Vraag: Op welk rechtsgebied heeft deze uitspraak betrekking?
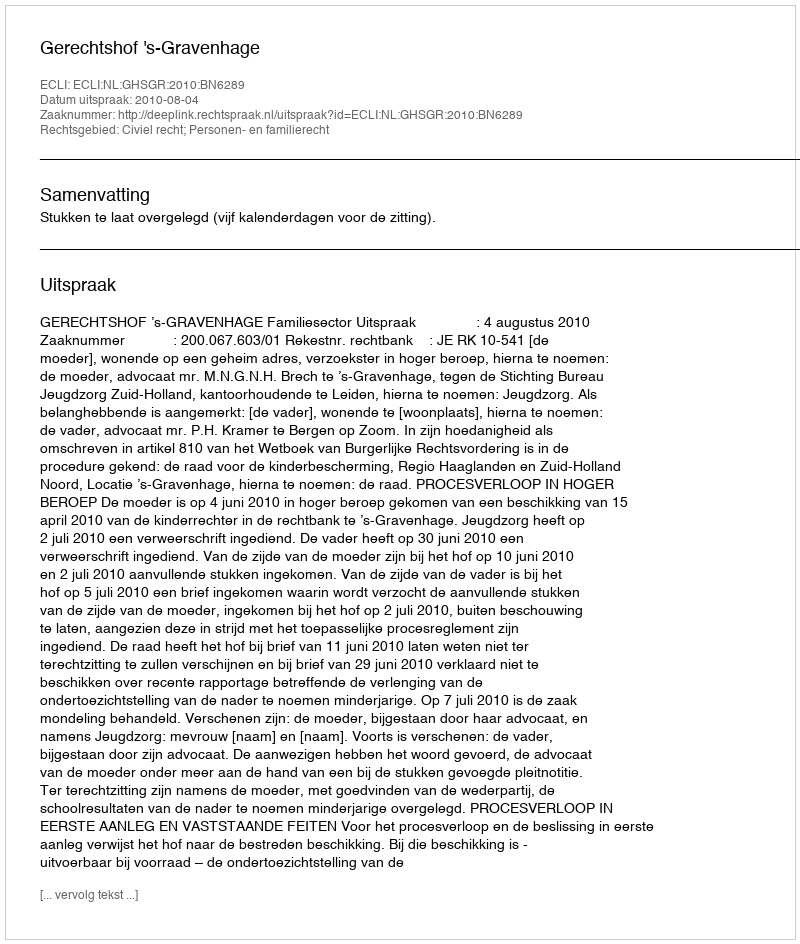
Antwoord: Civiel recht; Personen- en familierecht